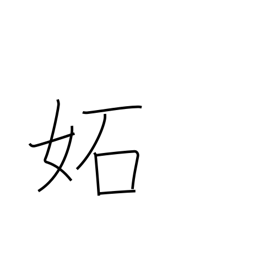
Meaning: envy